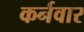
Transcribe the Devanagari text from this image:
कर्नवार